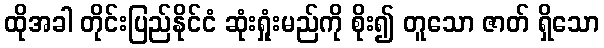
ထိုအခါ တိုင်းပြည်နိုင်ငံ ဆုံးရှုံးမည်ကို စိုး၍ တူသော ဇာတ် ရှိသော